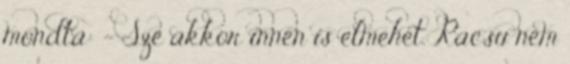
mondta: – Sze akkor innen is elmehet. Racsu nem